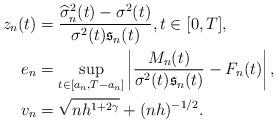
LaTeX: \begin{align*}z_n(t)&=\frac{\widehat{\sigma}^2_n(t)-\sigma^2(t)}{\sigma^2(t)\mathfrak{s}_n(t)},t\in[0,T],\\e_n&=\sup_{t\in[a_n,T-a_n]}\left|\frac{M_n(t)}{\sigma^2(t)\mathfrak{s}_n(t)}-F_n(t)\right|,\\v_n&=\sqrt{nh^{1+2\gamma}}+(nh)^{-1/2}.\end{align*}